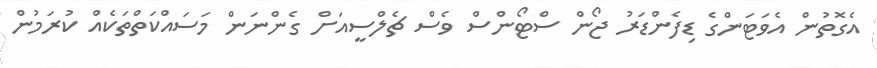
އެގޮތުން އެވަޓަންގެ ޑިފެންޑަރު ޖޯން ސްޓޯންސް ވެސް ޗެލްސީއަށް ގެންނަން މަސައްކަތްތަކެއް ކުރަމުން